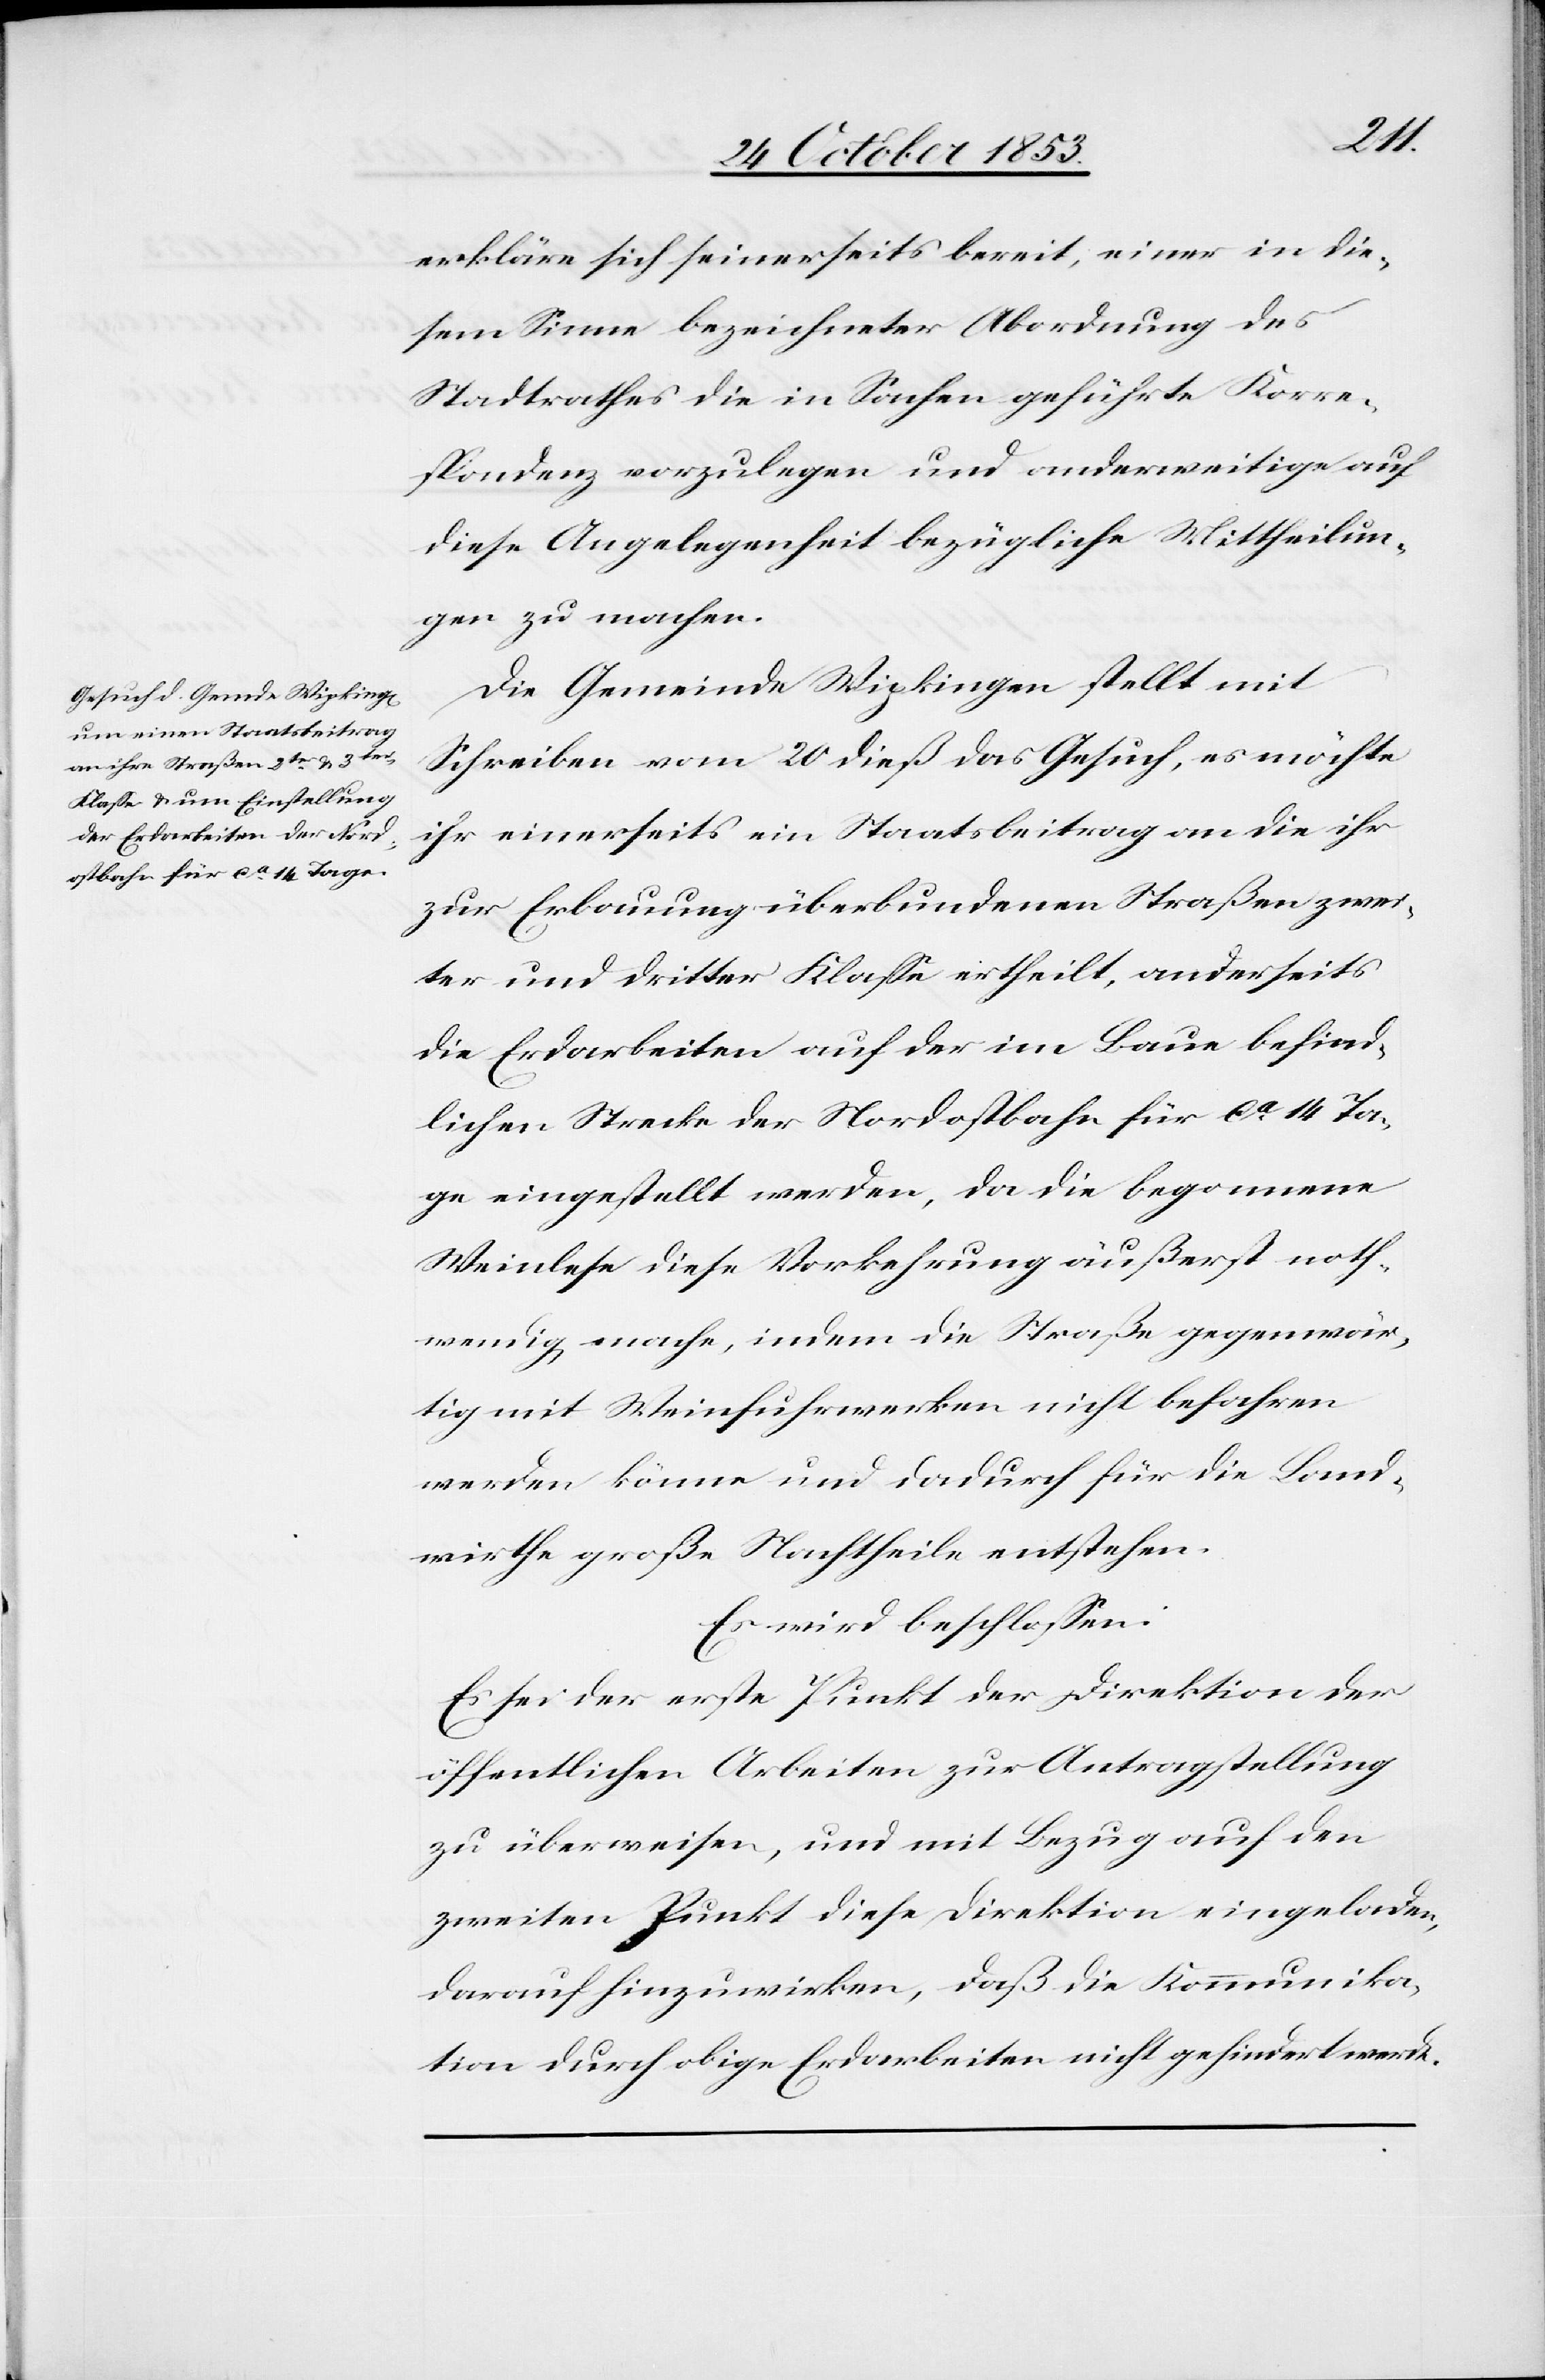
erkläre sich seinerseits bereit, einer in die¬
sem Sinne bezeichneter Abordnung des
Stadtrathes die in Sachen geführte Korre¬
spondenz vorzulegen und anderweitige auf
diese Angelegenheit bezügliche Mittheilun¬
gen zu machen.
Die Gemeinde Wipkingen stellt mit
Schreiben vom 20 dieß das Gesuch, es möchte
ihr einerseits ein Staatsbeitrag an die ihr
zur Erbauung überbundenen Straßen zwei¬
ter und dritter Klaße ertheilt, anderseits
die Erdarbeiten auf der im Baue befind¬
lichen Strecke der Nordostbahn für ca 14 Ta¬
ge eingestellt werden, da die begonnene
Weinlese diese Vorkehrung äußerst noth¬
wendig mache, indem die Straße gegenwär¬
tig mit Weinfuhrwerken nicht befahren
werden könne und dadurch für die Land¬
wirthe große Nachtheile entstehen.
Es wird beschloßen:
Es sei der erste Punkt der Direktion der
öffentlichen Arbeiten zur Antragstellung
zu überweisen, und mit Bezug auf den
zweiten Punkt diese Direktion eingeladen,
darauf hinzuwirken, daß die Kommunikations¬
straße durch obige Erdarbeiten nicht gehindert werde.